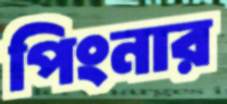
পিংনার